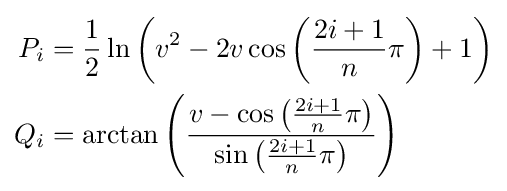
{\begin{aligned}P_{i}&={\frac {1}{2}}\ln \left({v^{2}-2v\cos \left({{\frac {2i+1}{n}}\pi }\right)+1}\right)\\Q_{i}&=\arctan \left({\frac {v-\cos \left({{\textstyle {{2i+1} \over n}}\pi }\right)}{\sin \left({{\textstyle {{2i+1} \over n}}\pi }\right)}}\right)\end{aligned}}